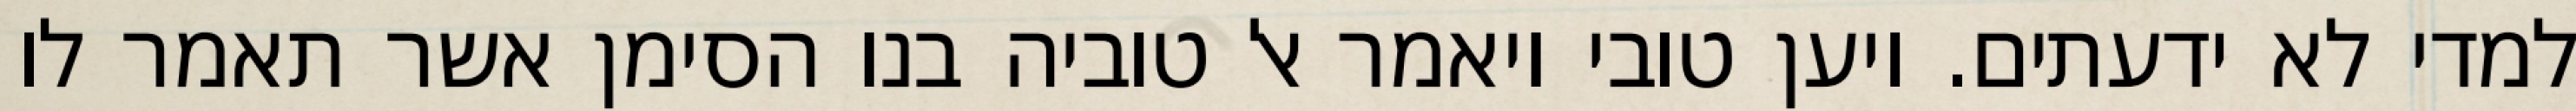
למדי לא ידעתים. ויען טובי ויאמר אל טוביה בנו הסימן אשר תאמר לו